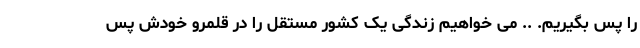
را پس بگیریم. .. می‌ خواهیم زندگی یک کشور مستقل را در قلمرو خودش پس